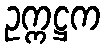
ဥက္ကဋ္ဌက